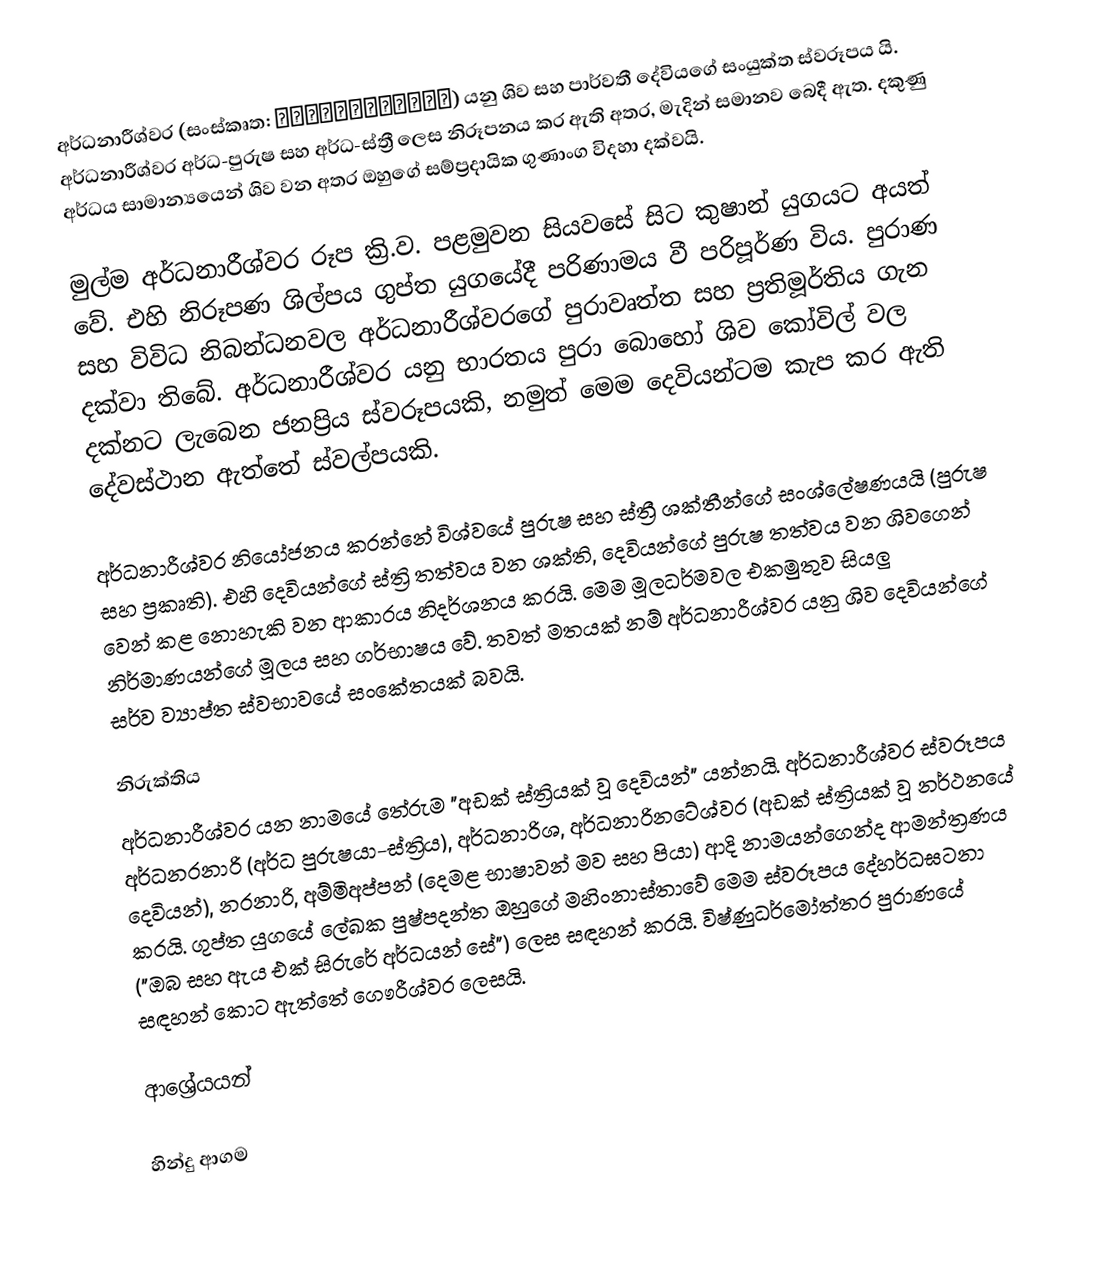
අර්ධනාරීශ්වර (සංස්කෘත: अर्धनारीश्वर) යනු ශිව සහ පාර්වතී දේවියගේ සංයුක්ත ස්වරූපය යි. අර්ධනාරීශ්වර අර්ධ-පුරුෂ සහ අර්ධ-ස්ත්‍රී ලෙස නිරූපනය කර ඇති අතර, මැදින් සමානව බෙදී ඇත. දකුණු අර්ධය සාමාන්‍යයෙන් ශිව වන අතර ඔහුගේ සම්ප්‍රදායික ගුණාංග විදහා දක්වයි.

මුල්ම අර්ධනාරීශ්වර රූප ක්‍රි.ව. පළමුවන සියවසේ සිට කුෂාන් යුගයට අයත් වේ. එහි නිරූපණ ශිල්පය ගුප්ත යුගයේදී පරිණාමය වී පරිපූර්ණ විය. පුරාණ සහ විවිධ  නිබන්ධනවල අර්ධනාරීශ්වරගේ පුරාවෘත්ත සහ ප්‍රතිමූර්තිය ගැන දක්වා තිබේ. අර්ධනාරීශ්වර යනු භාරතය පුරා බොහෝ ශිව කෝවිල් වල දක්නට ලැබෙන ජනප්‍රිය ස්වරූපයකි, නමුත් මෙම දෙවියන්ටම කැප කර ඇති දේවස්ථාන ඇත්තේ ස්වල්පයකි.

අර්ධනාරීශ්වර නියෝජනය කරන්නේ විශ්වයේ පුරුෂ සහ ස්ත්‍රී ශක්තීන්ගේ සංශ්ලේෂණයයි (පුරුෂ සහ ප්‍රකෘති). එහි දෙවියන්ගේ ස්ත්‍රි තත්වය වන ශක්ති, දෙවියන්ගේ පුරුෂ තත්වය වන ශිවගෙන් වෙන් කළ නොහැකි වන ආකාරය නිදර්ශනය කරයි. මෙම මූලධර්මවල එකමුතුව සියලු නිර්මාණයන්ගේ මූලය සහ ගර්භාෂය වේ. තවත් මතයක් නම් අර්ධනාරීශ්වර යනු ශිව දෙවියන්ගේ සර්ව ව්‍යාප්ත ස්වභාවයේ සංකේතයක් බවයි.

නිරුක්තිය
අර්ධනාරීශ්වර යන නාමයේ තේරුම "අඩක් ස්ත්‍රියක් වූ දෙවියන්" යන්නයි. අර්ධනාරීශ්වර ස්වරූපය අර්ධනරනාරි (අර්ධ පුරුෂයා-ස්ත්‍රිය), අර්ධනාරිශ, අර්ධනාරිනටේශ්වර (අඩක් ස්ත්‍රියක් වූ නර්ථනයේ දෙවියන්), නරනාරි, අම්මිඅප්පන් (දෙමළ භාෂාවන් මව සහ පියා) ආදි නාමයන්ගෙන්ද ආමන්ත්‍රණය කරයි. ගුප්ත යුගයේ ලේඛක පුෂ්පදන්ත ඔහුගේ මහිංනාස්තාවේ මෙම ස්වරූපය දේහර්ධඝටනා ("ඔබ සහ ඇය එක් සිරුරේ අර්ධයන් සේ") ලෙස සඳහන් කරයි. විෂ්ණුධර්මෝත්තර පුරාණයේ සඳහන් කොට ඇත්තේ ගෞරීශ්වර ලෙසයි.

ආශ්‍රේයයන්

හින්දු ආගම